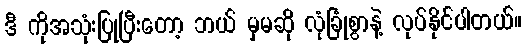
ဒီ ကိုအသုံးပြုပြီးတော့ ဘယ် မှမဆို လုံခြုံစွာနဲ့ လုပ်နိုင်ပါတယ်။